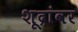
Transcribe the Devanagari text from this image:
शूद्रांवर